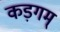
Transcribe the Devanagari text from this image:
कड़गम्‌